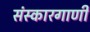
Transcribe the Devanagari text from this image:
संस्कारगाणी